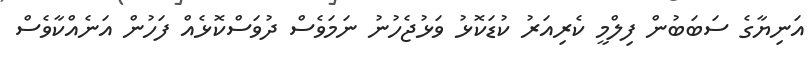
އަނިޔާގެ ސަބަބުން ފިލްމީ ކެރިއަރު ކުޑަކޮޅު ވަޅުޖެހުނު ނަމަވެސް ދުވަސްކޮޅެއް ފަހުން އަނެއްކާވެސް